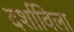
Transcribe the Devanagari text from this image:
दर्शाविला